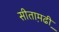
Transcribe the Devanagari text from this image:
सीता़मढी़